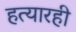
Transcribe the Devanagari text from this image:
हत्यारही